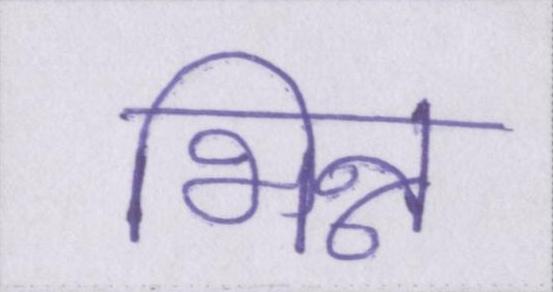
भिन्न